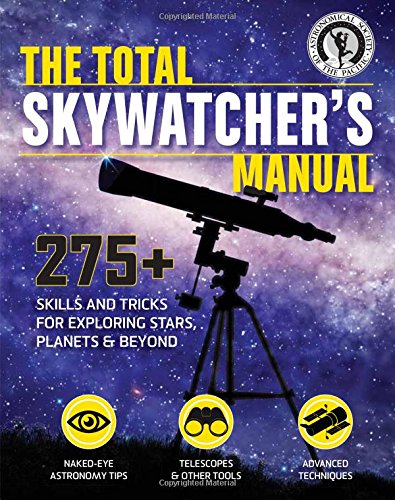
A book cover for The Total Skywatcher's Manual: 275+ Skills and Tricks for Exploring Stars, Planets, and Beyond; Astronomical Society of the Pacific; Science & Math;